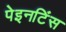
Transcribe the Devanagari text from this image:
पेइनटिंस